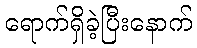
ရောက်ရှိခဲ့ပြီးနောက်